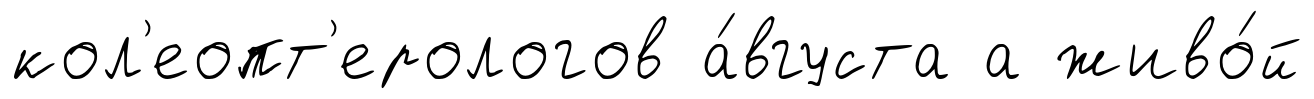
кол'еопт'ерологов а́вгуста а живо́й